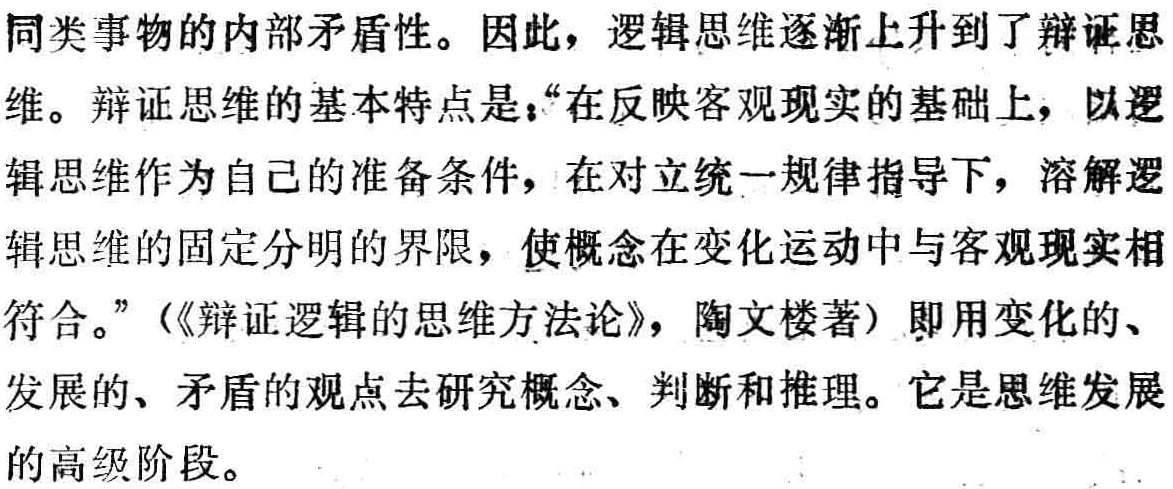
同类事物的内部矛盾性。因此，逻辑思维逐渐上升到了辩证思
维。辩证思维的基本特点是：“在反映客观现实的基础上，以逻
辑思维作为自己的准备条件，在对立统一规律指导下，溶解逻
辑思维的固定分明的界限，使概念在变化运动中与客观现实相
符合。”（《辩证逻辑的思维方法论》，陶文楼著）即用变化的、
发展的、矛盾的观点去研究概念、判断和推理。它是思维发展
的高级阶段。